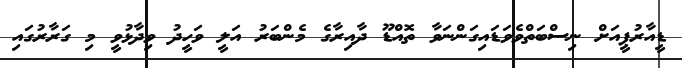
ޑީއާރުޕީއަށް ނިސްބަތްވެވަޑައިގަންނަވާ ތޮއްޑޫ ދާއިރާގެ މެންބަރު އަލީ ވަހީދު ވިދާޅުވީ މި ގަރާރުގައި